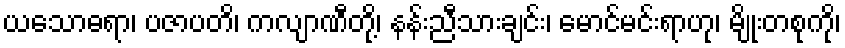
ယသောဓရာ၊ ပဇာပတိ၊ ကလျာဏီတို့၊ နန်းညီသားချင်း၊ မောင်မင်းရာဟု၊ မျိုးတစုကို၊